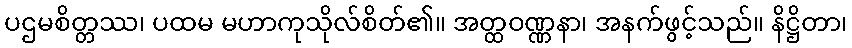
ပဌမစိတ္တဿ၊ ပထမ မဟာကုသိုလ်စိတ်၏။ အတ္ထဝဏ္ဏနာ၊ အနက်ဖွင့်သည်။ နိဋ္ဌိတာ၊